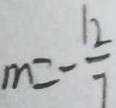
m = - \frac { 1 2 } { 7 }